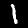
Digit: 1